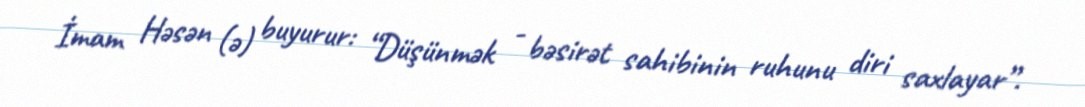
İmam Həsən (ə) buyurur: “Düşünmək - bəsirət sahibinin ruhunu diri saxlayar”.